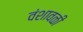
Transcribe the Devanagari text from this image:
वंशावळी